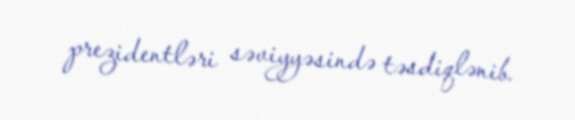
prezidentləri səviyyəsində təsdiqlənib.